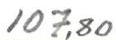
107,80